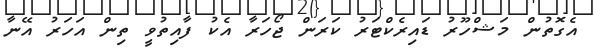
އެގޮތުން މަޝްހޫރު ޑައިރެކްޓަރު ކަރަން ޖޯހަރާ އެކު ފާއިތުވީ ތިން އަހަރު އޭނާ